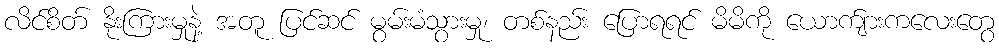
လိင်စိတ် နိုးကြားမှုနဲ့ အတူ ပြင်ဆင် မွမ်းမံသွားမှု၊ တစ်နည်း ပြောရရင် မိမိကို ယောက်ျားကလေးတွေ